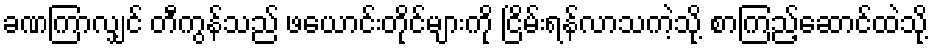
ခဏကြာလျှင် တီကွန်သည် ဖယောင်းတိုင်များကို ငြိမ်းရန်လာသကဲ့သို့ စာကြည့်ဆောင်ထဲသို့